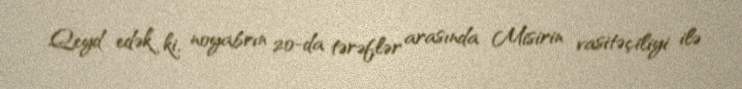
Qeyd edək ki, noyabrın 20-da tərəflər arasında Misirin vasitəçiliyi ilə